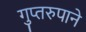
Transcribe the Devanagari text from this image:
गुप्तरुपाने